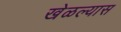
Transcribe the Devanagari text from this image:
खेळल्यास